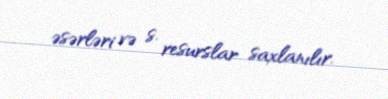
əsərləri və s. resurslar saxlanılır.